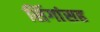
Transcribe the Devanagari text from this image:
सिंगांसह